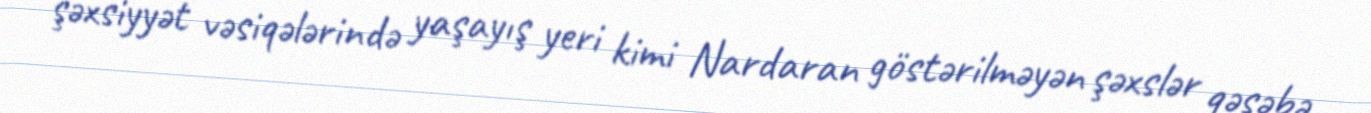
şəxsiyyət vəsiqələrində yaşayış yeri kimi Nardaran göstərilməyən şəxslər qəsəbə